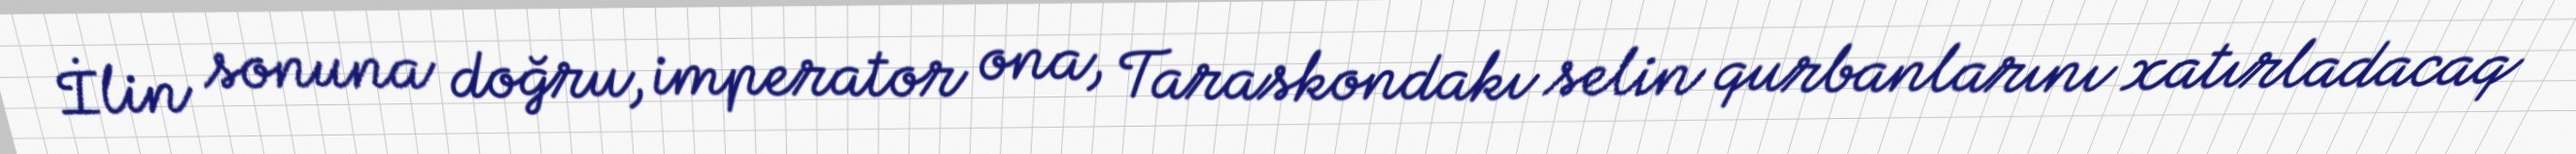
İlin sonuna doğru, imperator ona, Taraskondakı selin qurbanlarını xatırladacaq